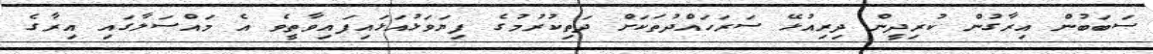
ސަބަބުން އިރާގުން ކުރިދީން ދިރިއުޅޭ ސަރަހައްދުތަކަށް ދަތިކުރުމުގެ ފިޔަވަޅުއަޅައިފައިވާތީވެ އެ މައްސަލާގައި އިރާގެ